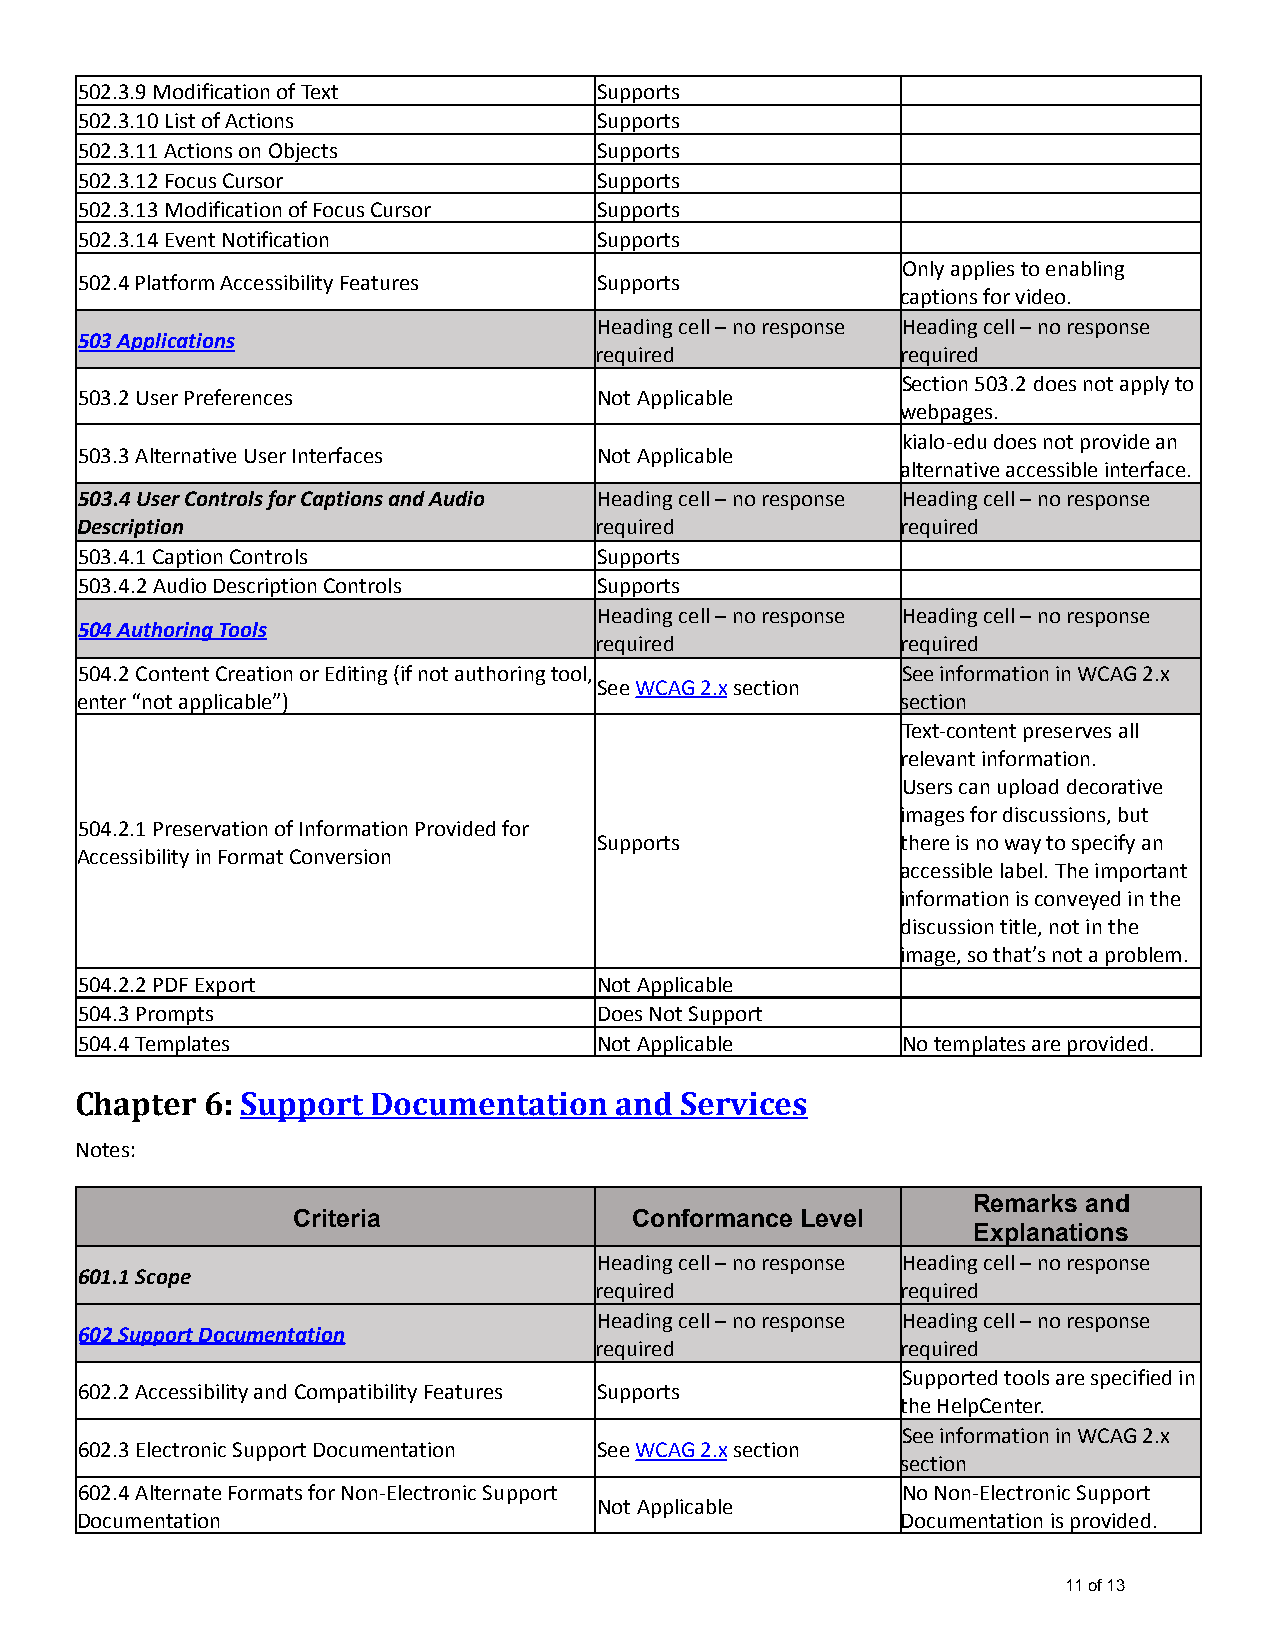
502.3.9 Modification of Text       Supports
 502.3.10 List of Actions           Supports
 502.3.11 Actions on Objects        Supports
 502.3.12 Focus Cursor              Supports
 502.3.13 Modification of Focus Cursor Supports
 502.3.14 Event Notification        Supports
 Only applies to enabling
 502.4 Platform Accessibility Features Supports
 captions for video.
 Heading cell – no response Heading cell – no response
 503 Applications
 required             required
 Section 503.2 does not apply to
 503.2 User Preferences             Not Applicable
 webpages.
 kialo-edu does not provide an
 503.3 Alternative User Interfaces  Not Applicable
 alternative accessible interface.
 503.4 User Controls for Captions and Audio Heading cell – no response Heading cell – no response
 Description                       required             required
 503.4.1 Caption Controls           Supports
 503.4.2 Audio Description Controls Supports
 Heading cell – no response Heading cell – no response
 504 Authoring Tools
 required             required
 504.2 Content Creation or Editing (if not authoringtool, See information in WCAG 2.x
 SeeWCAG 2.xsection
 enter “not applicable”)                                section
 Text-content preserves all
 relevant information.
 Users can upload decorative
 images for discussions, but
 504.2.1 Preservation of Information Provided for
 Supports            there is no way to specify an
 Accessibility in Format Conversion
 accessible label. The important
 information is conveyed in the
 discussion title, not in the
 image, so that’s not a problem.
 504.2.2 PDF Export                 Not Applicable
 504.3 Prompts                      Does Not Support
 504.4 Templates                    Not Applicable      No templates are provided.
 Chapter 6: Support  Documentation   and Services
 Notes:
 Remarks and
 Criteria               Conformance Level
 Explanations
 Heading cell – no response Heading cell – no response
 601.1 Scope
 required             required
 Heading cell – no response Heading cell – no response
 602 Support Documentation
 required             required
 Supported tools are specified in
 602.2 Accessibility and Compatibility Features Supports
 the HelpCenter.
 See information in WCAG 2.x
 602.3 Electronic Support Documentation SeeWCAG 2.xsection
 section
 602.4 Alternate Formats for Non-Electronic Support     No Non-Electronic Support
 Not Applicable
 Documentation                                          Documentation is provided.
 11 of 13